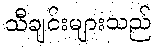
သီချင်းများသည်